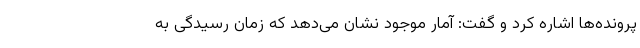
پرونده‌ها اشاره کرد و گفت: آمار موجود نشان می‌دهد که زمان رسیدگی به